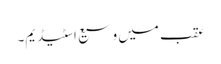
عقب میں وسیع اسٹیڈیم۔